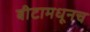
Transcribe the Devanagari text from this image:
बीटामधूनच